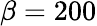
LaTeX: \beta=200